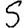
Digit: 5